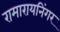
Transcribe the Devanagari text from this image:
रामारायनिंगर